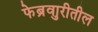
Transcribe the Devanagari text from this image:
फेब्रुवारीतील